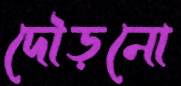
দৌড়নো